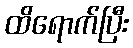
ထိရောက်ပြီး